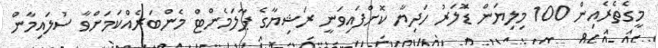
މީގެތެރެއިން 100 މިލިޔަން ޑޮަލަރު ހަދިޔާ ކޮށްފައިވަނީ ރަޝިޔާގެ ޕާލަމެންޓް މެންބަރެއްކަމަށްވާ ސުލައިމާން